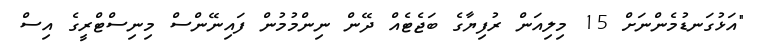
"އަޅުގަނޑުމެންނަށް 15 މިލިއަން ރުފިޔާގެ ބަޖެޓެއް ދޭން ނިންމުމުން ފައިނޭންސް މިނިސްޓްރީގެ އިސް